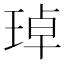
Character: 琸